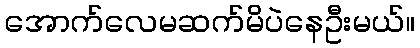
အောက်လေမဆက်မိပဲနေဦးမယ်။